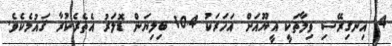
4. އިނގިރޭސި ވިލާތަކީ އީޔޫއަށް އަހަރަކު 10.4 ބިލިޔަން ޑޮލަރު އެތެރެކުރާ ޤައުމެކެވެ.